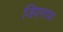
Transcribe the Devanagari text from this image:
जिवनावर